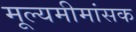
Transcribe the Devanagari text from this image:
मूल्यमीमांसक